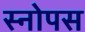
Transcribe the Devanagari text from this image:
स्नोपस